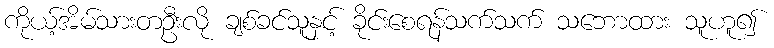
ကိုယ့်အိမ်သားတဦးလို ချစ်ခင်သူနှင့် ခိုင်းစေရန်သက်သက် သဘောထား သူဟူ၍